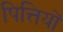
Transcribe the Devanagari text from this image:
पित्तियों